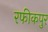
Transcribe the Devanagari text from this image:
रफीकपुर